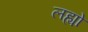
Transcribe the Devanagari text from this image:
लह्यो